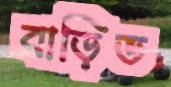
বাড়িভ